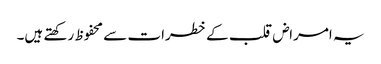
یہ امراض قلب کے خطرات سے محفوظ رکھتے ہیں۔